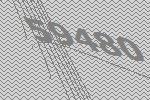
59480